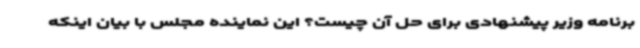
برنامه وزیر پیشنهادی برای حل آن چیست؟ این نماینده مجلس با بیان اینکه